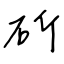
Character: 斫